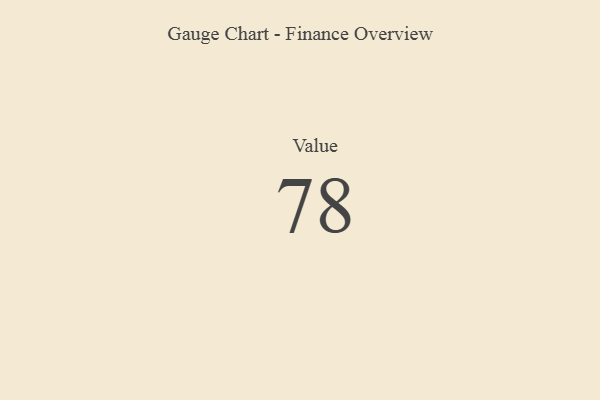
{"axis": {"x": "Metric", "y": "Value"}, "legend": [""], "data": [{"x": "Value", "y": 78, "type": ""}]}